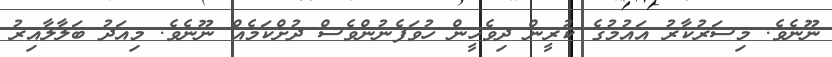
ނޫނެވެ. މިސަރުކާރު އައުމުގެ ކުރީން ދިވެހީން ހުވަފެނުންވެސް ދުށްކަމެއް ނޫނެވެ. މިއަދު ބަލާލާއިރު